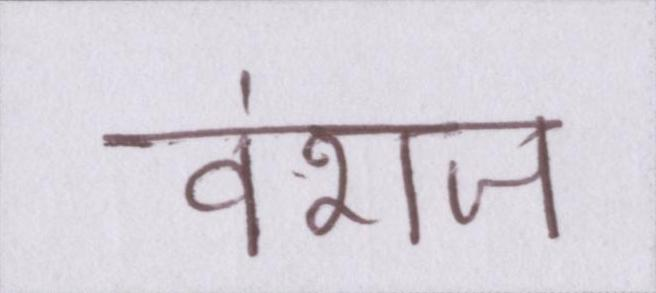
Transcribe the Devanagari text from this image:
वंशज